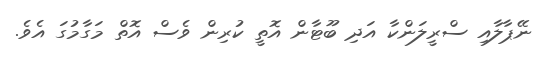
ނޭޕާލާއި ސްރީލަންކާ އަދި ބޫޓާން އޮތީ ކުރިން ވެސް އޮތް މަގާމުގަ އެވެ.